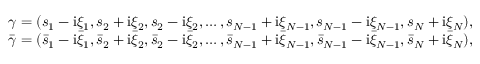
\begin{array} { r } { \gamma = ( s _ { 1 } - \mathrm { i } \xi _ { 1 } , s _ { 2 } + \mathrm { i } \xi _ { 2 } , s _ { 2 } - \mathrm { i } \xi _ { 2 } , \dots , s _ { N - 1 } + \mathrm { i } \xi _ { N - 1 } , s _ { N - 1 } - \mathrm { i } \xi _ { N - 1 } , s _ { N } + \mathrm { i } \xi _ { N } ) , } \\ { \bar { \gamma } = ( \bar { s } _ { 1 } - \mathrm { i } \bar { \xi } _ { 1 } , \bar { s } _ { 2 } + \mathrm { i } \bar { \xi } _ { 2 } , \bar { s } _ { 2 } - \mathrm { i } \bar { \xi } _ { 2 } , \dots , \bar { s } _ { N - 1 } + \mathrm { i } \bar { \xi } _ { N - 1 } , \bar { s } _ { N - 1 } - \mathrm { i } \bar { \xi } _ { N - 1 } , \bar { s } _ { N } + \mathrm { i } \bar { \xi } _ { N } ) , } \end{array}